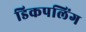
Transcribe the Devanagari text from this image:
डिकपलिंग